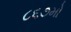
૮૬૭મો